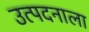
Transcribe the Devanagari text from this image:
उत्पदनाला